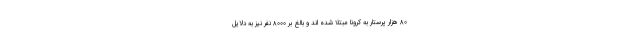
۸۰ هزار پرستار به کرونا مبتلا شده اند و بالغ بر ۸۰۰۰ نفر نیز به دلایل